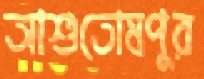
আশুতোষপুর